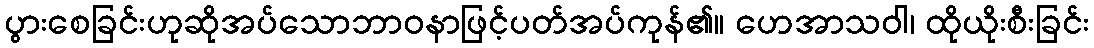
ပွားစေခြင်းဟုဆိုအပ်သောဘာဝနာဖြင့်ပတ်အပ်ကုန်၏။ ဟေအာသဝါ၊ ထိုယိုးစီးခြင်း